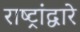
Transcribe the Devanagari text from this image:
राष्ट्रांद्वारे